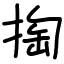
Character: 掏